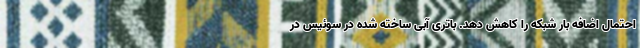
احتمال اضافه بار شبکه را کاهش دهد. باتری آبی ساخته شده در سوئیس در